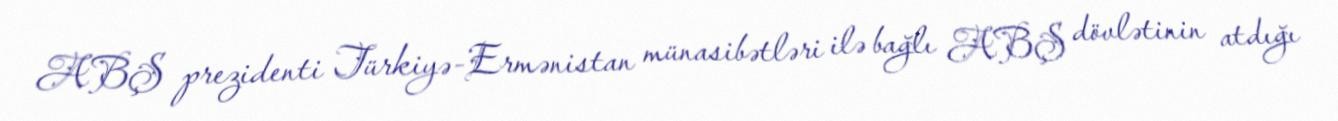
ABŞ prezidenti Türkiyə-Ermənistan münasibətləri ilə bağlı ABŞ dövlətinin atdığı